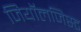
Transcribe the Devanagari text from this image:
जियॉलजिस्ट